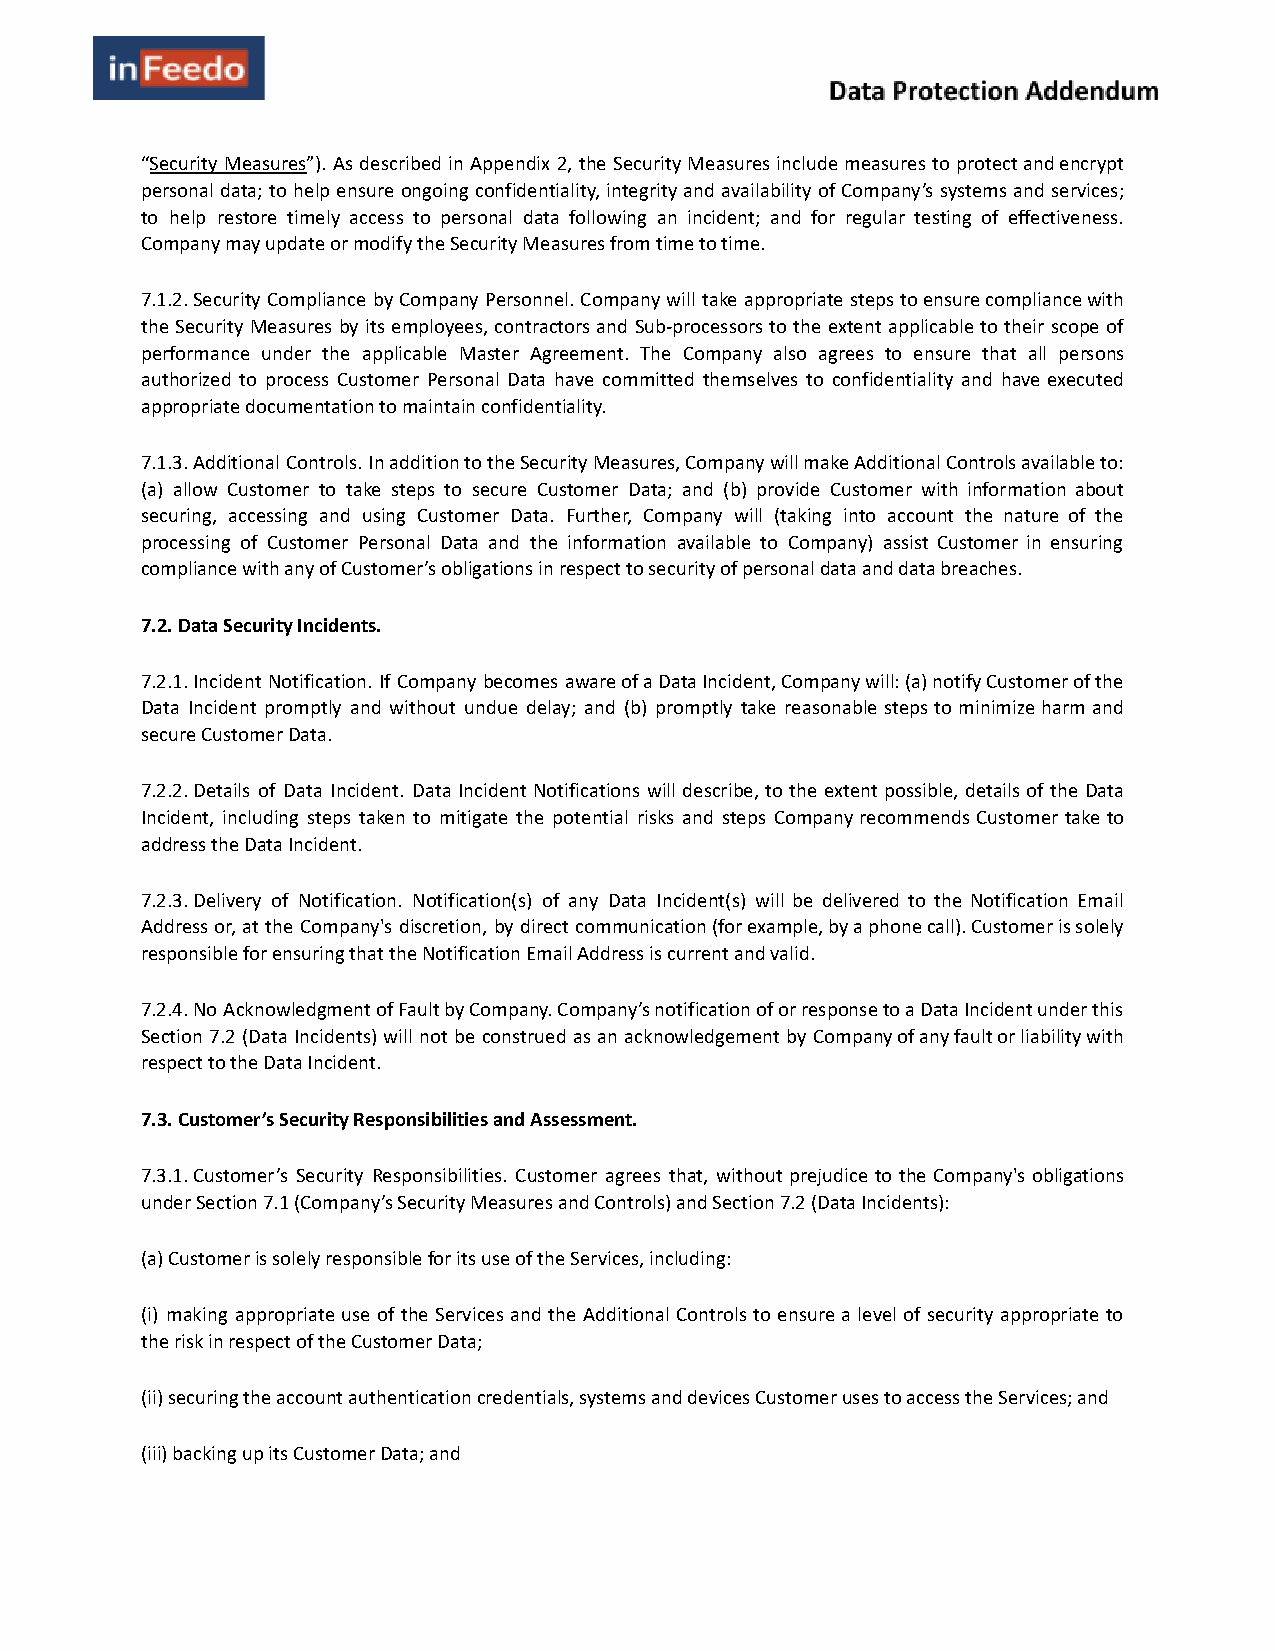
“S ecurity Measures” ). As described in Appendix 2, the Security Measures include measures to protect and encrypt
 personal data; to help ensure ongoing confidentiality, integrity and availability of Company’s systems and services;
 to help restore timely access to personal data following an incident; and for regular testing of effectiveness.
 Company may update or modify the Security Measures from time to time.
 7.1.2. Security Compliance by Company Personnel. Company will take appropriate steps to ensure compliance with
 the Security Measures by its employees, contractors and Sub-processors to the extent applicable to their scope of
 performance under the applicable Master Agreement. The Company also agrees to ensure that all persons
 authorized to process Customer Personal Data have committed themselves to confidentiality and have executed
 appropriate documentation to maintain confidentiality.
 7.1.3. Additional Controls. In addition to the Security Measures, Company will make Additional Controls available to:
 (a) allow Customer to take steps to secure Customer Data; and (b) provide Customer with information about
 securing, accessing and using Customer Data. Further, Company will (taking into account the nature of the
 processing of Customer Personal Data and the information available to Company) assist Customer in ensuring
 compliance with any of Customer’s obligations in respect to security of personal data and data breaches.
 7.2. Data Security Incidents.
 7.2.1. Incident Notification. If Company becomes aware of a Data Incident, Company will: (a) notify Customer of the
 Data Incident promptly and without undue delay; and (b) promptly take reasonable steps to minimize harm and
 secure Customer Data.
 7.2.2. Details of Data Incident. Data Incident Notifications will describe, to the extent possible, details of the Data
 Incident, including steps taken to mitigate the potential risks and steps Company recommends Customer take to
 address the Data Incident.
 7.2.3. Delivery of Notification. Notification(s) of any Data Incident(s) will be delivered to the Notification Email
 Address or, at the Company's discretion, by direct communication (for example, by a phone call). Customer is solely
 responsible for ensuring that the Notification Email Address is current and valid.
 7.2.4. No Acknowledgment of Fault by Company. Company’s notification of or response to a Data Incident under this
 Section 7.2 (Data Incidents) will not be construed as an acknowledgement by Company of any fault or liability with
 respect to the Data Incident.
 7.3. Customer’s Security Responsibilities and Assessment.
 7.3.1. Customer’s Security Responsibilities. Customer agrees that, without prejudice to the Company's obligations
 under Section 7.1 (Company’s Security Measures and Controls) and Section 7.2 (Data Incidents):
 (a) Customer is solely responsible for its use of the Services, including:
 (i) making appropriate use of the Services and the Additional Controls to ensure a level of security appropriate to
 the risk in respect of the Customer Data;
 (ii) securing the account authentication credentials, systems and devices Customer uses to access the Services; and
 (iii) backing up its Customer Data; and